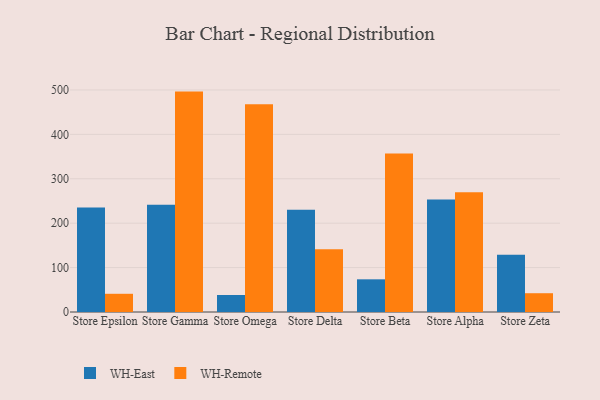
{"axis": {"x": "Store", "y": "Budget (USD K)"}, "legend": ["WH-East", "WH-Remote"], "data": [{"x": "Store Epsilon", "y": 235.4, "type": "WH-East"}, {"x": "Store Epsilon", "y": 41.0, "type": "WH-Remote"}, {"x": "Store Gamma", "y": 241.3, "type": "WH-East"}, {"x": "Store Gamma", "y": 496.3, "type": "WH-Remote"}, {"x": "Store Omega", "y": 38.3, "type": "WH-East"}, {"x": "Store Omega", "y": 467.6, "type": "WH-Remote"}, {"x": "Store Delta", "y": 230.4, "type": "WH-East"}, {"x": "Store Delta", "y": 141.2, "type": "WH-Remote"}, {"x": "Store Beta", "y": 73.6, "type": "WH-East"}, {"x": "Store Beta", "y": 356.9, "type": "WH-Remote"}, {"x": "Store Alpha", "y": 253.2, "type": "WH-East"}, {"x": "Store Alpha", "y": 269.6, "type": "WH-Remote"}, {"x": "Store Zeta", "y": 129.0, "type": "WH-East"}, {"x": "Store Zeta", "y": 42.3, "type": "WH-Remote"}]}